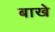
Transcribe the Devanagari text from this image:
बाखे